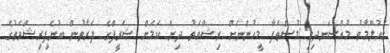
މައުލޫމާތު މުއްސަނދިވި މުސްތަފާ މީހުންނަށް ރިޝްވަތު ދިން ކަމަށް ޝަރީފްގެ ފަރާތުން ބުނެފިރިޝްވަތުގެ